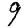
Digit: 9